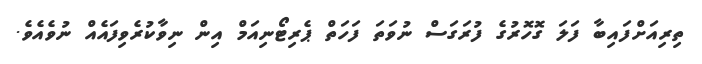
ތިރިއަށްފައިބާ ފަލަ ގޮހޮރުގެ ފުރަގަސް ނުވަތަ ފަހަތް ޕެރިޓޯނިއަމް އިން ނިވާކުރެވިފައެއް ނުވެއެވެ.